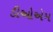
ડીઓએમ